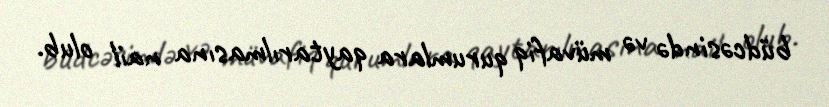
büdcəsində və müvafiq qurumlara qaytarılmasına nail olub.